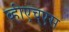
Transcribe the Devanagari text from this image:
व्हीएच्‌एस